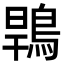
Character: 䳚